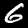
Digit: 6